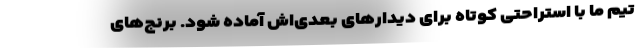
تیم ما با استراحتی کوتاه برای دیدارهای بعدی‌اش آماده شود. برنج‌های